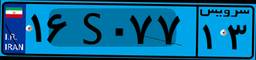
۲۳S۳۱۴۹۸